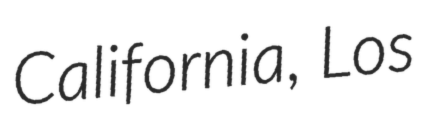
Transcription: California, Los